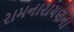
રામનારાયણના